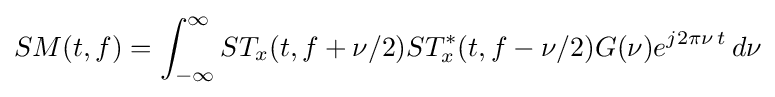
SM(t,f)=\int _{-\infty }^{\infty }ST_{x}(t,f+\nu /2)ST_{x}^{*}(t,f-\nu /2)G(\nu )e^{j2\pi \nu \,t}\,d\nu